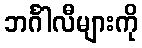
ဘင်္ဂါလီများကို